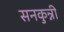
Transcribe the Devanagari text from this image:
सनकुन्नी